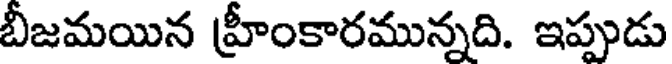
బీజమయిన హ్రీంకారమున్నది. ఇప్పుడు